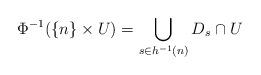
LaTeX: \begin{align*}\Phi^{-1}(\{n\}\times U) = \bigcup_{s\in h^{-1}(n)} D_s\cap U\end{align*}